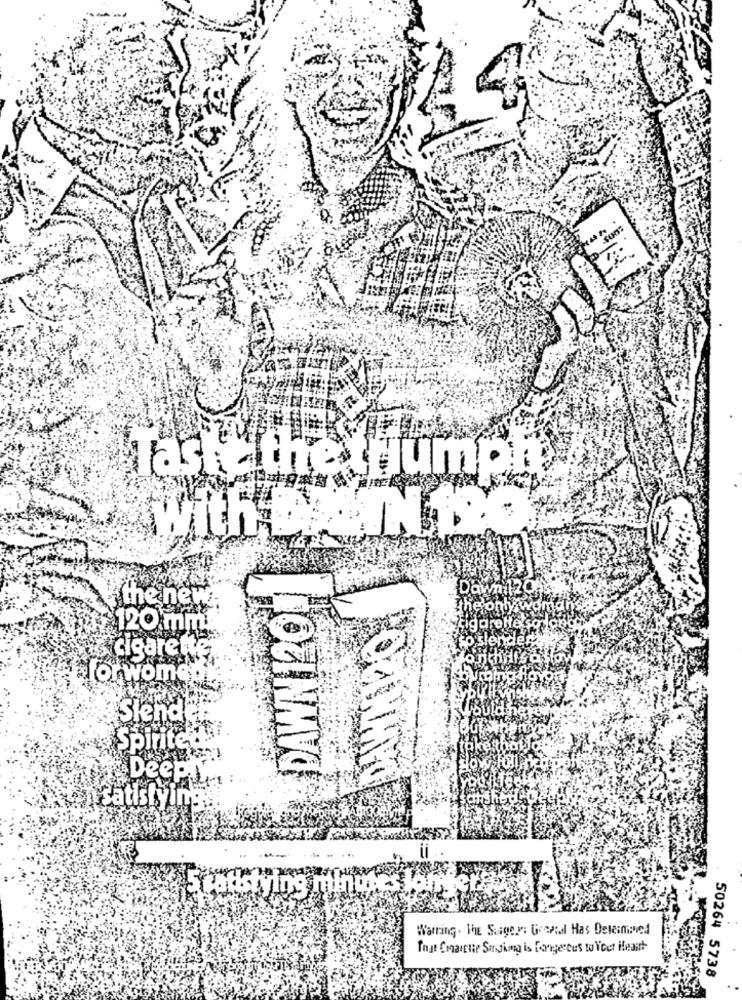
AS
Tasks the
umph
with
the new
DAWN120
120 mm
cigarette
forwome
Slend
Spirite
Deep
Satisfying.
5 COASTVIDS
Warring. The Surgey: Grental Has Determined
That Conaine Sigimg is foongertus to Your Heart
50264 5738